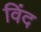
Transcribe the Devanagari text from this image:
विंद